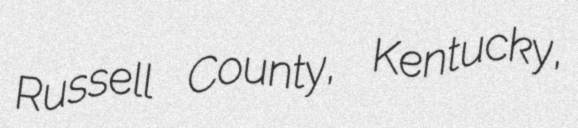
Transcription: Russell County, Kentucky,